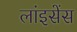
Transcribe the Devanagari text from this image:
लांइसेंस